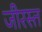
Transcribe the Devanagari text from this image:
जीरस्त